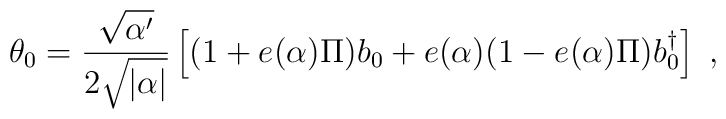
\theta_{0}= \frac{\sqrt{\alpha'}}{2 \sqrt{|\alpha|}}\left[ (1 + e(\alpha) \Pi ) b_0 + e(\alpha) (1 - e(\alpha) \Pi) b_{0}^{\dagger} \right]~,